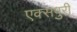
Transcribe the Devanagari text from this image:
एक्‍सपुरी